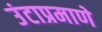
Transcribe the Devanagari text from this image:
उंटाप्रमाणे